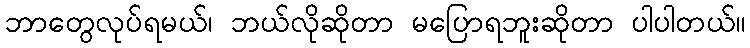
ဘာတွေလုပ်ရမယ်၊ ဘယ်လိုဆိုတာ မပြောရဘူးဆိုတာ ပါပါတယ်။